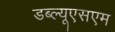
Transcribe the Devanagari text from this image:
डब्ल्यूएसएम